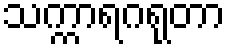
သက္ကာရဂရုတာ